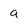
Character: a